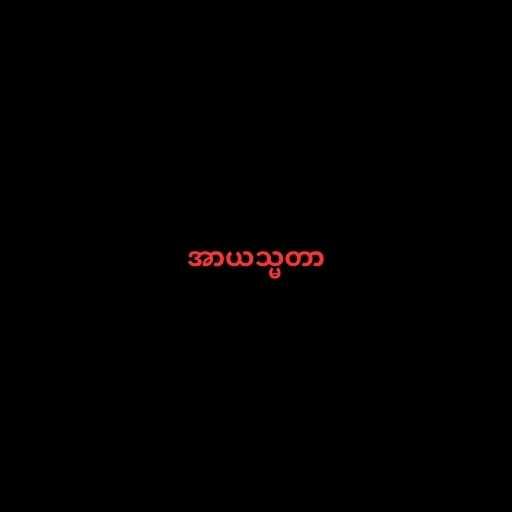
အာယသ္မတာ